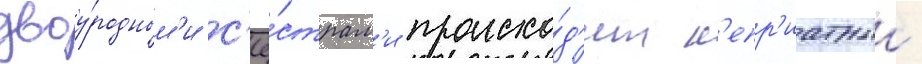
двоу́родным'и с'ё́страм'и происхо́д'ит н'епр'иатныи